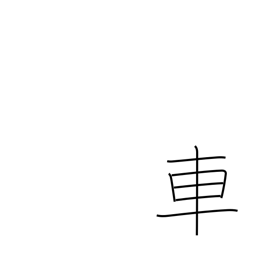
Meaning: car